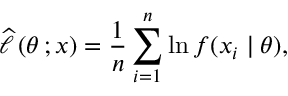
{ \widehat { \ell \, } } ( \theta \, ; x ) = { \frac { 1 } { n } } \sum _ { i = 1 } ^ { n } \ln f ( x _ { i } \mid \theta ) ,